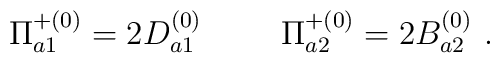
{\Pi}^{+(0)}_{a1} = 2D^{(0)}_{a1} \hspace{1cm} {\Pi}^{+(0)}_{a2} = 2B^{(0)}_{a2} \ .